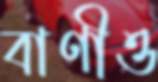
বাণীও